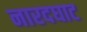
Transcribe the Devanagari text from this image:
नारदघाट